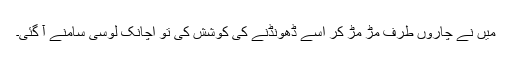
میں نے چاروں طرف مڑ مڑ کر اسے ڈھونڈنے کی کوشش کی تو اچانک لوسی سامنے آ گئی۔